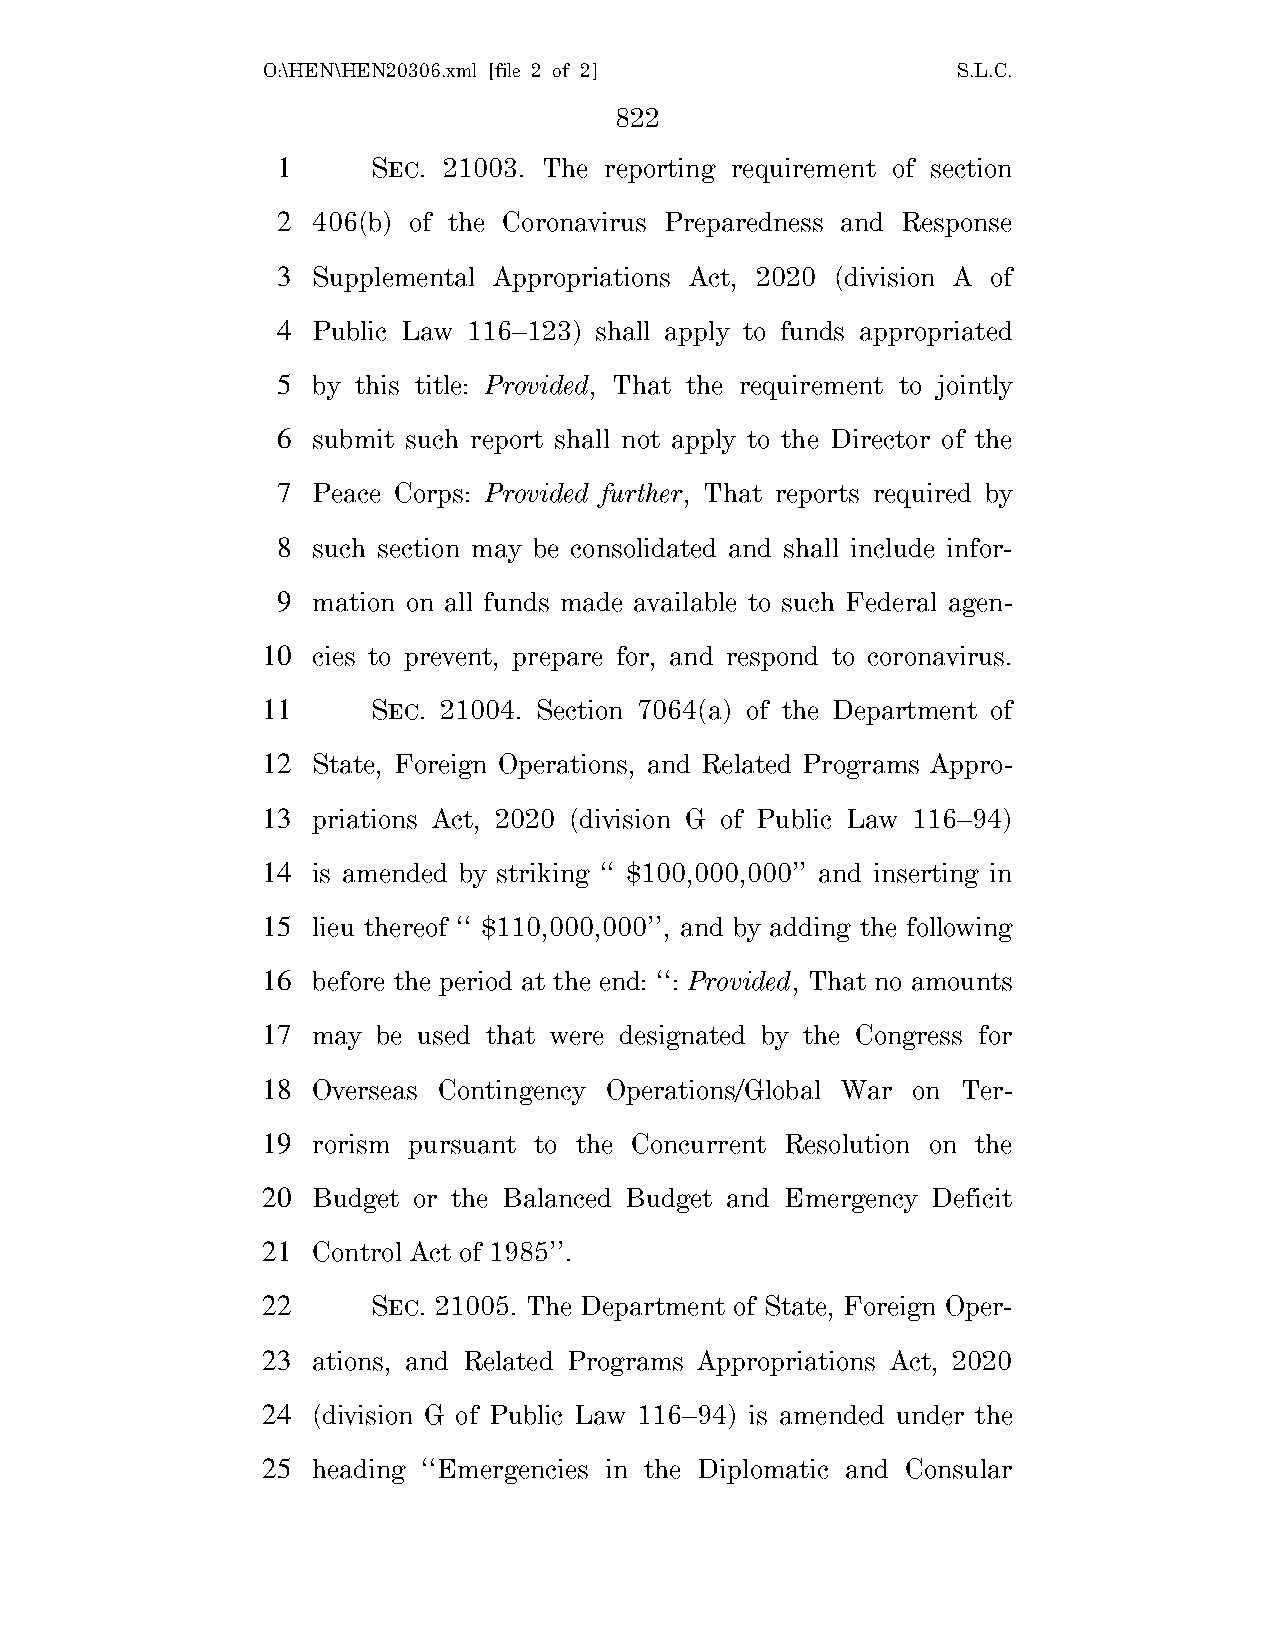
O:\HEN\HEN20306.xml [file 2 of 2]             S.L.C.
 822
 1      SEC. 21003. The reporting requirement of section
 2  406(b) of the Coronavirus Preparedness and Response
 3  Supplemental Appropriations Act, 2020 (division A of
 4  Public Law 116–123) shall apply to funds appropriated
 5  by this title: Provided, That the requirement to jointly
 6  submit such report shall not apply to the Director of the
 7  Peace Corps: Provided further, That reports required by
 8  such section may be consolidated and shall include infor-
 9  mation on all funds made available to such Federal agen-
 10  cies to prevent, prepare for, and respond to coronavirus.
 11      SEC. 21004. Section 7064(a) of the Department of
 12  State, Foreign Operations, and Related Programs Appro-
 13  priations Act, 2020 (division G of Public Law 116–94)
 14  is amended by striking ‘‘ $100,000,000’’ and inserting in
 15  lieu thereof ‘‘ $110,000,000’’, and by adding the following
 16  before the period at the end: ‘‘: Provided, That no amounts
 17  may be used that were designated by the Congress for
 18  Overseas Contingency Operations/Global War on Ter-
 19  rorism pursuant to the Concurrent Resolution on the
 20  Budget or the Balanced Budget and Emergency Deficit
 21  Control Act of 1985’’.
 22      SEC. 21005. The Department of State, Foreign Oper-
 23  ations, and Related Programs Appropriations Act, 2020
 24  (division G of Public Law 116–94) is amended under the
 25  heading ‘‘Emergencies in the Diplomatic and Consular